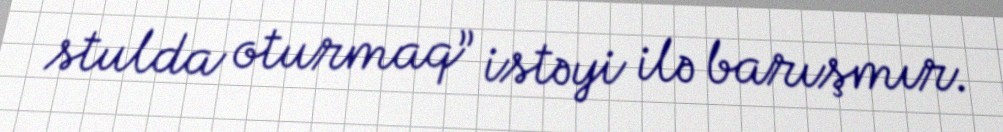
stulda oturmaq” istəyi ilə barışmır.